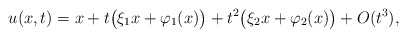
\begin{align*}u(x,t) &= x + t \big(\xi_1 x + \varphi_1(x)\big) + t^2 \big(\xi_2 x + \varphi_2(x)\big) + O(t^3), \end{align*}